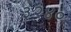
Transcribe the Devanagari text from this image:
३२४०